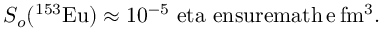
\begin{array} { r } { S _ { o } ( ^ { 1 5 3 } \mathrm { { E u } ) \approx 1 0 ^ { - 5 } \ e t a \ e n s u r e m a t h { \, \mathrm { e \, f m ^ { 3 } } } . } } \end{array}